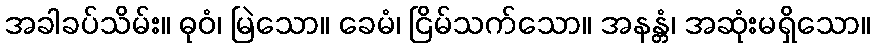
အခါခပ်သိမ်း။ ဓုဝံ၊ မြဲသော။ ခေမံ၊ ငြိမ်သက်သော။ အနန္တံ၊ အဆုံးမရှိသော။